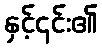
နှင့်၎င်း၏